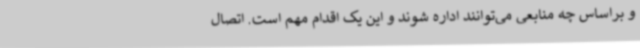
و براساس چه منابعی می‌توانند اداره شوند و این یک اقدام مهم است. اتصال